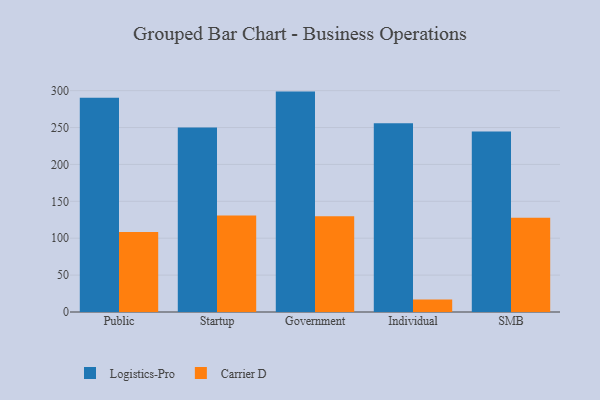
{"axis": {"x": "Segment", "y": "Revenue (USD Million)"}, "legend": ["Carrier D", "Logistics-Pro"], "data": [{"x": "Public", "y": 290.4, "type": "Logistics-Pro"}, {"x": "Public", "y": 108.4, "type": "Carrier D"}, {"x": "Startup", "y": 249.9, "type": "Logistics-Pro"}, {"x": "Startup", "y": 130.7, "type": "Carrier D"}, {"x": "Government", "y": 298.7, "type": "Logistics-Pro"}, {"x": "Government", "y": 129.9, "type": "Carrier D"}, {"x": "Individual", "y": 255.9, "type": "Logistics-Pro"}, {"x": "Individual", "y": 16.9, "type": "Carrier D"}, {"x": "SMB", "y": 244.6, "type": "Logistics-Pro"}, {"x": "SMB", "y": 127.9, "type": "Carrier D"}]}